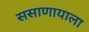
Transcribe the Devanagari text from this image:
ससाणायाला